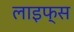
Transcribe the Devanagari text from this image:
लाइफ्स